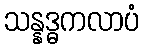
သန္နဒ္ဓကလာပံ